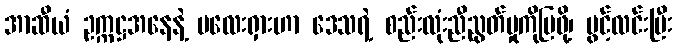
အာဆီယံ ဥက္ကဋ္ဌအနေနဲ့ မလေးရှားဟာ ဒေသရဲ့ စည်းလုံးညီညွတ်မှုကိုပြဖို့၊ ပွင့်လင်းပြီး